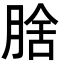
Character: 𭨻